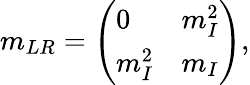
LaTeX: m_{LR}=\left(\begin{array}{ll}{{0}}&{{m_{I}^{2}}}\\ {{m_{I}^{2}}}&{{m_{I}}}\end{array}\right),